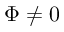
\Phi \neq 0